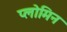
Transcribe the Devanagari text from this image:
प्लोमिन